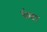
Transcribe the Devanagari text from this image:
थंबा